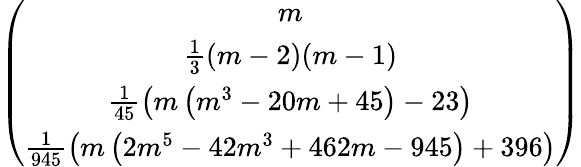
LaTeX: \begin{array}{r}{\left(\begin{array}{c}{m}\\ {\frac{1}{3}(m-2)(m-1)}\\ {\frac{1}{45}\left(m\left(m^{3}-20m+45\right)-23\right)}\\ {\frac{1}{945}\left(m\left(2m^{5}-42m^{3}+462m-945\right)+396\right)}\end{array}\right)}\end{array}